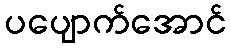
ပပျောက်အောင်